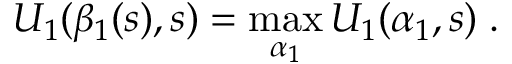
U _ { 1 } ( \beta _ { 1 } ( s ) , s ) = \operatorname* { m a x } _ { \alpha _ { 1 } } U _ { 1 } ( \alpha _ { 1 } , s ) \; .